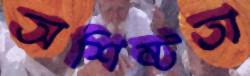
অশিষ্টতা